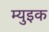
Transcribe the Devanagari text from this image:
म्युइक